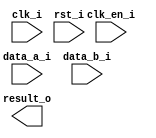
/*******************************************************************************
    Verilog netlist generated by IPGEN Radiant
    Soft IP Version: 1.0.0
    Thu May 31 14:51:17 2018
*******************************************************************************/
/*******************************************************************************
    Wrapper Module generated per user settings.
*******************************************************************************/
module mle_ice40up_mul16 (clk_i, clk_en_i, rst_i, data_a_i, data_b_i, result_o)/* synthesis syn_black_box syn_declare_black_box=1 */;
    input  clk_i;
    input  clk_en_i;
    input  rst_i;
    input  [15:0]  data_a_i;
    input  [15:0]  data_b_i;
    output  [31:0]  result_o;
endmodule